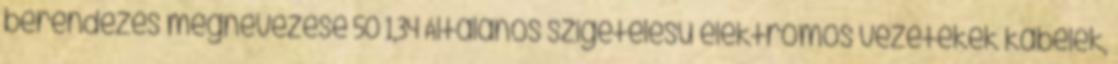
berendezés megnevezése 50 1,34 Általános szigetelésû elektromos vezetékek kábelek,